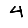
Digit: 4